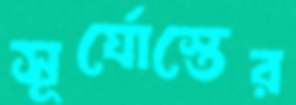
সূর্যোস্তের